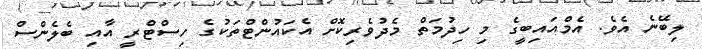
ލިބޭނެ އެވެ. އެމްއައިބީގެ މި ހިދުމަތް މެދުވެރިކޮށް އެކައުންޓްތަކުގެ ހިސްޓްރީ އާއި ބެލެންސް